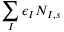
\sum _ { I } \epsilon _ { I } N _ { I , s }